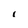
Character: i